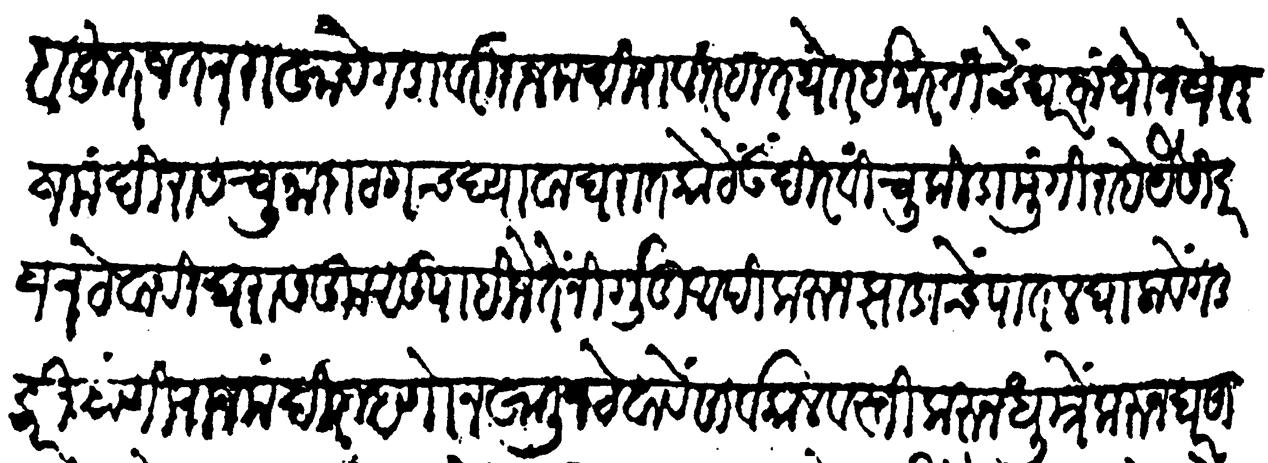
Transliteration (Devanagari): बहुत जतन राखावे गडावरी राजमंदिराविरहित थोर इमारतीचे घर बांधो नये राजमंदिरास चुना दाट गच्च द्यावा घरांत कोठे उंदीर विंचू किडा मुंगी राहे यैसी दरज न ठेवावी घरास कुसू पाहिजे तें निर्गुडी आदिकरुन झाडाचे पातळ घालावे गडकरी याणी राजमंदिर म्हणोन खाली न ठेवावें सार्वकाळ वस्ती करून धूमें करून घर साबूत